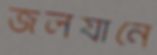
জলযানে